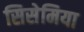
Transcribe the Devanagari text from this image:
सिसेमिया